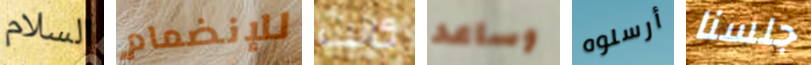
السلام للإنضمام كانت وساعد أرسلوه جلسنا